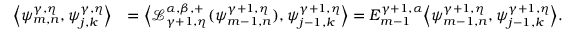
\begin{array} { r l } { { \left\langle { \psi _ { m , n } ^ { \gamma , \eta } , \psi _ { j , k } ^ { \gamma , \eta } } \right\rangle } } & { = { \left\langle { \mathcal { L } _ { \gamma + 1 , \eta } ^ { \alpha , \beta , + } ( \psi _ { m - 1 , n } ^ { \gamma + 1 , \eta } ) , \psi _ { j - 1 , k } ^ { \gamma + 1 , \eta } } \right\rangle } = E _ { m - 1 } ^ { \gamma + 1 , \alpha } { \left\langle { \psi _ { m - 1 , n } ^ { \gamma + 1 , \eta } , \psi _ { j - 1 , k } ^ { \gamma + 1 , \eta } } \right\rangle } . } \end{array}